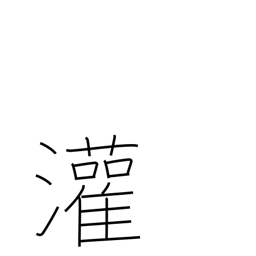
Meaning: pour